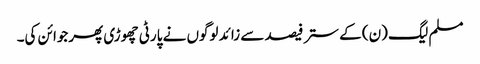
مسلم لیگ (ن) کے ستر فیصد سے زائد لوگوں نے پارٹی چھوڑی پھرجوائن کی۔